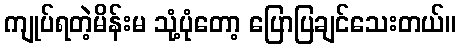
ကျုပ်ရတဲ့မိန်းမ သုံ့ပုံတော့ ပြောပြချင်သေးတယ်။